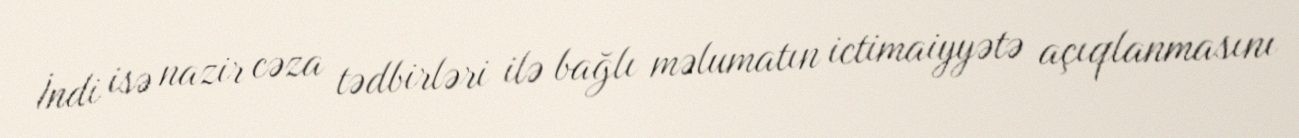
İndi isə nazir cəza tədbirləri ilə bağlı məlumatın ictimaiyyətə açıqlanmasını